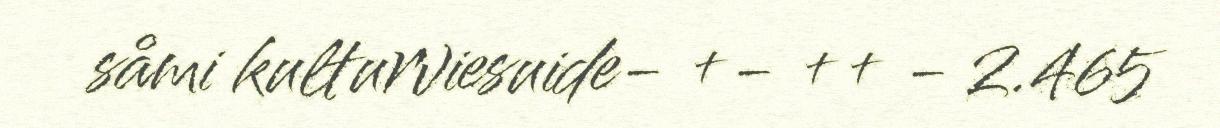
såmi kulturviesuide- +- ++ - 2.465